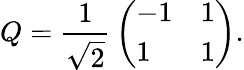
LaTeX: Q={\frac{1}{\sqrt 2}}\left(\begin{array}{ll}{{-1}}&{{1}}\\ {{1}}&{{1}}\end{array}\right).